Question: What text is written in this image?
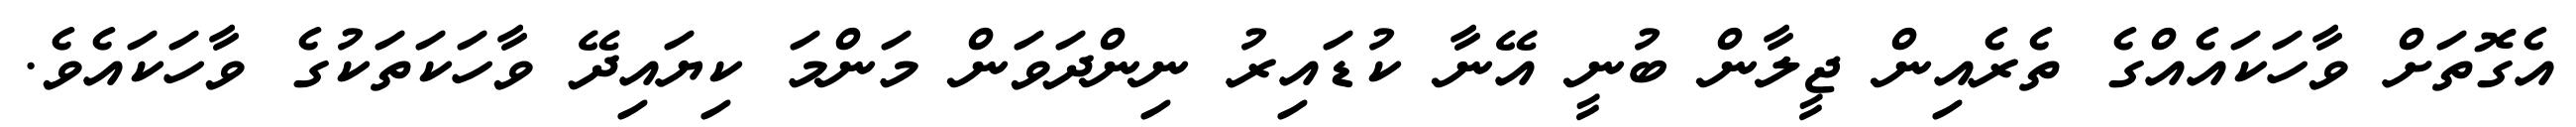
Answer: އެގޮތަށް ވާހަކައެއްގެ ތެރެއިން ޖީލާން ބުނީ އޭނާ ކުޑައިރު ނިންދަވަން މަންމަ ކިޔައިދޭ ވާހަކަތަކުގެ ވާހަކައެވެ.